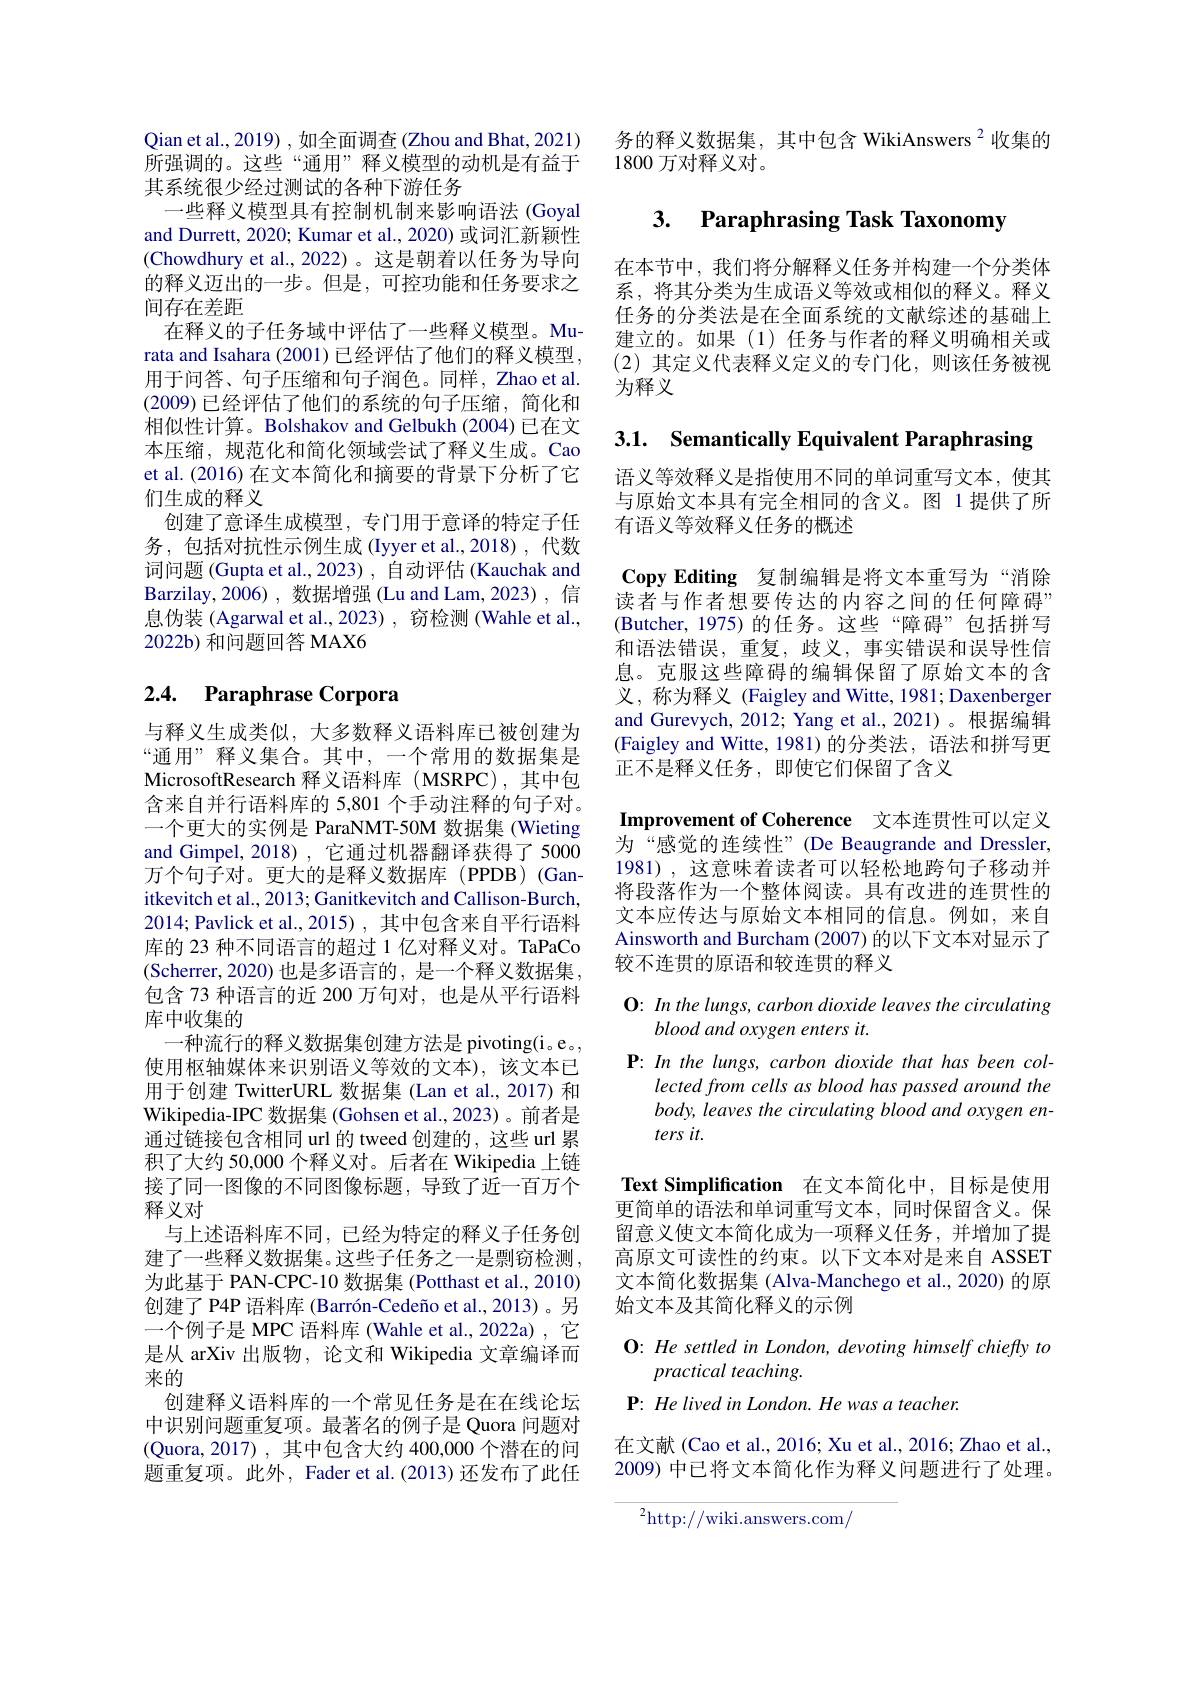
Qian et al., 2019) , 如全面调查 (Zhou and Bhat, 2021) 所强调的。这些“通用”释义模型的动机是有益于其系统很少经过测试的各种下游任务
一些释义模型具有控制机制来影响语法 (Goyal and Durrett, 2020; Kumar et al., 2020) 或词汇新颖性(Chowdhury et al., 2022) 。这是朝着以任务为导向的释义迈出的一步。但是，可控功能和任务要求之间存在差距
在释义的子任务域中评估了一些释义模型。Murata and Isahara (2001) 已经评估了他们的释义模型用于问答、句子压缩和句子润色。同样，Zhao et al. (2009)已经评估了他们的系统的句子压缩，简化和相似性计算。Bolshakov and Gelbukh (2004) 已在文本压缩，规范化和简化领域尝试了释义生成。Cao et al.(2016) 在文本简化和摘要的背景下分析了它们生成的释义
创建了意译生成模型，专门用于意译的特定子任务，包括对抗性示例生成(Iyyer et al.,2018),代数词问题 (Gupta et al., 2023) , 自动评估 (Kauchak and Barzilay,2006),数据增强(Lu and Lam,2023), 信息伪装 (Agarwal et al.,2023) , 窃检测 (Wahle et al., 2022b) 和问题回答 MAX6

# 2.4. Paraphrase Corpora

与释义生成类似，大多数释义语料库已被创建为“通用”释义集合。其中，一个常用的数据集是MicrosoftResearch 释义语料库 (MSRPC),其中包含来自并行语料库的 5,801 个手动注释的句子对。一个更大的实例是 ParaNMT-50M 数据集 (Wieting and Gimpel, 2018), 它通过机器翻译获得了 5000万个句子对。更大的是释义数据库(PPDB)(Ganitkevitch et al., 2013; Ganitkevitch and Callison-Burch, 2014; Pavlick et al.,2015) , 其中包含来自平行语料库的 23 种不同语言的超过 1 亿对释义对。TaPaCo (Scherrer,2020)也是多语言的，是一个释义数据集， 包含 73 种语言的近 200 万句对，也是从平行语料库中收集的
一种流行的释义数据集创建方法是 pivoting(i。e。, 使用枢轴媒体来识别语义等效的文本),该文本已用于创建 TwitterURL 数据集 (Lan et al., 2017) 和Wikipedia-IPC 数据集 (Gohsen et al.,2023)。前者是通过链接包含相同 url 的 tweed 创建的，这些 url 累积了大约 50,000 个释义对。后者在 Wikipedia 上链接了同一图像的不同图像标题，导致了近一百万个释义对
与上述语料库不同，已经为特定的释义子任务创建了一些释义数据集。这些子任务之一是剽窃检测为此基于 PAN-CPC-10 数据集 (Potthast et al., 2010) 创建了 P4P 语料库 (Barrón-Cedeño et al.,2013)。另一个例子是 MPC 语料库 (Wahle et al.,2022a) ,它是从 arXiv 出版物，论文和 Wikipedia 文章编译而来的
创建释义语料库的一个常见任务是在在线论坛中识别问题重复项。最著名的例子是 Quora 问题对(Quora,2017),其中包含大约 400,000个潜在的问题重复项。此外，Fader et al.(2013) 还发布了此任

务的释义数据集，其中包含 WikiAnswers $^{2}$收集的
1800万对释义对。

## 3. Paraphrasing Task Taxonomy

在本节中，我们将分解释义任务并构建一个分类体系，将其分类为生成语义等效或相似的释义。释义任务的分类法是在全面系统的文献综述的基础上建立的。如果(1)任务与作者的释义明确相关或(2)其定义代表释义定义的专门化，则该任务被视为释义

3.1. Semantically Equivalent Paraphrasing

语义等效释义是指使用不同的单词重写文本，使其与原始文本具有完全相同的含义。图 1提供了所有语义等效释义任务的概述
Copy Editing 复制编辑是将文本重写为“消除读者与作者想要传达的内容之间的任何障碍” (Butcher, 1975)的任务。这些“障碍”包括拼写和语法错误，重复，歧义，事实错误和误导性信息。克服这些障碍的编辑保留了原始文本的含义，称为释义 (Faigley and Witte, 1981; Daxenberger and Gurevych, 2012; Yang et al., 2021)。根据编辑(Faigley and Witte, 1981)的分类法，语法和拼写更正不是释义任务，即使它们保留了含义
Improvement of Coherence 文本连贯性可以定义为“感觉的连续性”(De Beaugrande and Dressler, 1981) , 这意味着读者可以轻松地跨句子移动并将段落作为一个整体阅读。具有改进的连贯性的文本应传达与原始文本相同的信息。例如，来自Ainsworth and Burcham (2007) 的以下文本对显示了较不连贯的原语和较连贯的释义

# O: In the lungs, carbon dioxide leaves the circulating blood and oxygen enters it.

P: In the lungs, carbon dioxide that has been col-
lected from cells as blood has passed around the body, leaves the circulating blood and oxygen en- $tersit.$

Text Simplification 在文本简化中，目标是使用更简单的语法和单词重写文本，同时保留含义。保

留意义使文本简化成为一项释义任务，并增加了提高原文可读性的约束。以下文本对是来自 ASSET 文本简化数据集 (Alva-Manchego et al., 2020) 的原始文本及其简化释义的示例

O: He settled in London, devoting himself chieffy to

practical teaching.

P: He lived in London. He was a teacher.

在文献 (Cao et al., 2016; Xu et al., 2016; Zhao et al., 2009) 中已将文本简化作为释义问题进行了处理。

$^2$http://wiki.answers.com/